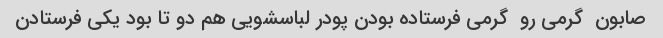
صابون  گرمی رو  گرمی فرستاده بودن پودر لباسشویی هم دو تا بود یکی فرستادن